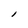
Character: l